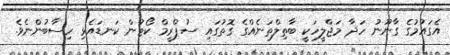
އެގައުމުގެ ގާނޫނު ހަދާ މަޖްލީހަކީ ބާތިލްތަނެއްގެ ގޮތުގައި ސުޕްރީމް ކޯޓުން ކަނޑައެޅި ހިސާބުންނެވެ.